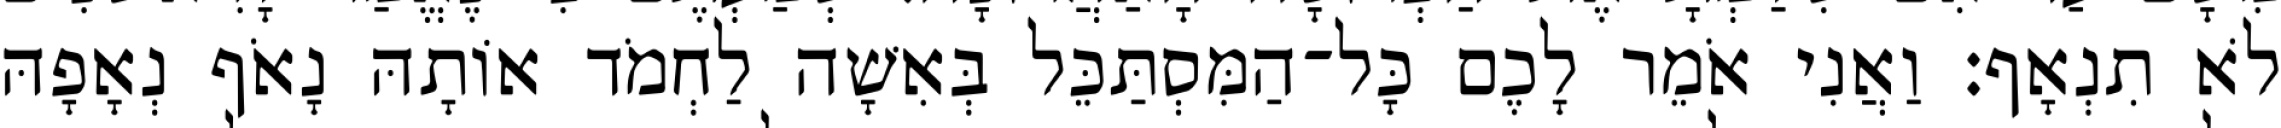
לֹא תִנְאָף׃ וַאֲנִי אֹמֵר לָכֶם כָּל־הַמִּסְתַּכֵּל בְּאִשָׁה לַחְמֹד אוֹתָהּ נָאֹף נְאָפָהּ